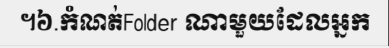
។៦.កំណត់Folder ណាមួយដែលអ្នក